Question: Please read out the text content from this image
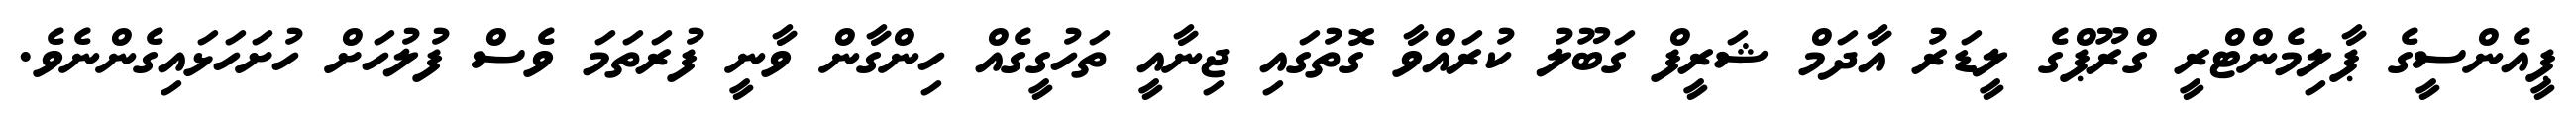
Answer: ޕީއެންސީގެ ޕާލިމެންޓްރީ ގްރޫޕްގެ ލީޑަރު އާދަމް ޝަރީފް ގަބޫލު ކުރައްވާ ގޮތުގައި ޖިނާއީ ތަހުގީގެއް ހިންގާން ވާނީ ފުރަތަމަ ވެސް ފުލުހަށް ހުށަހަޅައިގެންނެވެ.